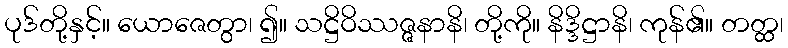
ပုဒ်တို့နှင့်။ ယောဇေတွာ၊ ၍။ သဋ္ဌိဝိဿဇ္ဇနာနိ၊ တို့ကို။ နိဒ္ဒိဋ္ဌာနိ၊ ကုန်၏။ တတ္ထ၊